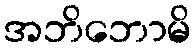
အဘိဘောမိ